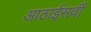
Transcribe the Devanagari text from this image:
आठाईसवीं